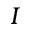
I